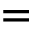
=